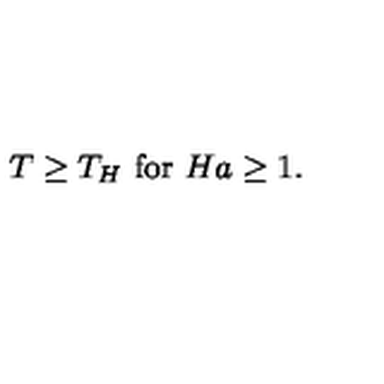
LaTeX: T \geq T _ { H } \ \mathrm { f o r } \ H a \geq 1 .